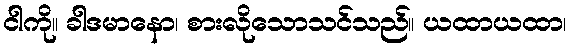
ငါကို။ ခါဒမာနော၊ စားလိုသောသင်သည်။ ယထာယထာ၊